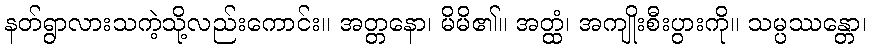
နတ်ရွာလားသကဲ့သို့လည်းကောင်း။ အတ္တနော၊ မိမိ၏။ အတ္ထံ၊ အကျိုးစီးပွားကို။ သမ္ပဿန္တော၊